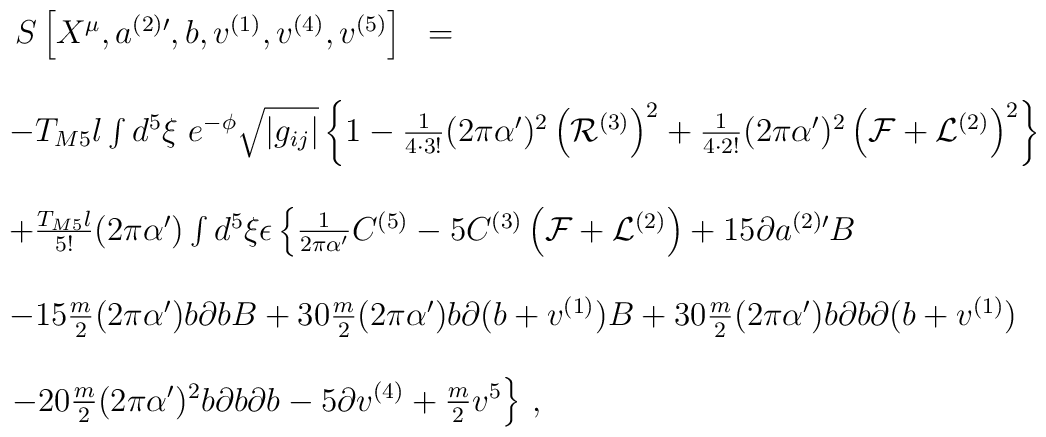
\begin{array}{rcl}S\left[X^{\mu},a^{(2)\prime},b,v^{(1)},v^{(4)},v^{(5)}\right] & = & \\& & \\& & \hspace{-6cm}-T_{M5}l\int d^{5}\xi\ e^{-\phi} \sqrt{|g_{ij}|}\left\{ 1 -\frac{1}{4\cdot 3!}(2\pi\alpha^{\prime})^{2} \left({\cal R}^{(3)}\right)^{2}+\frac{1}{4\cdot 2!}(2\pi\alpha^{\prime})^{2} \left({\cal F}+{\cal L}^{(2)}\right)^{2}\right\} \\& & \\& & \hspace{-6cm}+\frac{T_{M5}l}{5!}(2\pi\alpha^{\prime})\int d^{5}\xi\epsilon\left\{\frac{1}{2\pi\alpha^{\prime}}C^{(5)}-5 C^{(3)}\left({\cal F}+{\cal L}^{(2)}\right)+15\partial a^{(2)\prime}B \right.\\& & \\& & \hspace{-6cm}-15\frac{m}{2}(2\pi\alpha^{\prime})b\partial b B+30\frac{m}{2}(2\pi\alpha^{\prime})b\partial (b+v^{(1)}) B+30\frac{m}{2}(2\pi\alpha^{\prime})b\partial b\partial (b+v^{(1)}) \\& & \\& & \hspace{-6cm}\left.-20\frac{m}{2}(2\pi\alpha^{\prime})^{2}b\partial b\partial b-5\partial v^{(4)} +{\textstyle\frac{m}{2}}v^{5}\right\}\, ,\end{array}